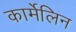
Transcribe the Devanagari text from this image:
कार्मेलिन